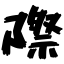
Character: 際